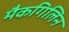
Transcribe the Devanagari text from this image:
मैकगिलिन